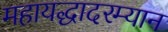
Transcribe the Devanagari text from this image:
महायद्धादरम्यान